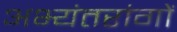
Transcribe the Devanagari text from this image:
अभ्यंतरांगों